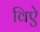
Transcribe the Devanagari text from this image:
विऐ